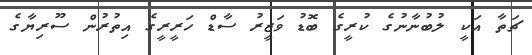
ޗަތާ އަކީ ލުބުނާނުގެ ކުރީގެ ބޮޑު ވަޒީރު ސާޑް ހަރީރީގެ އިތުރުން ސޫރިޔާގެ